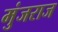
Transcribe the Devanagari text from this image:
मुंजराज